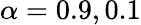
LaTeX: \alpha=0.9,0.1